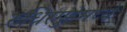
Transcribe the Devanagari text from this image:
रुधिरगुहेमध्ये